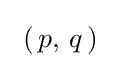
~(\,p,\,q\,)~